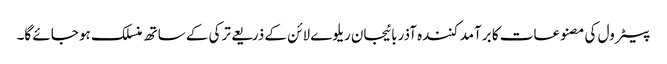
پیٹرول کی مصنوعات کا برآمد کنندہ آذربائیجان ریلوے لائن کے ذریعے ترکی کے ساتھ منسلک ہو جائے گا۔